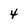
Character: 4